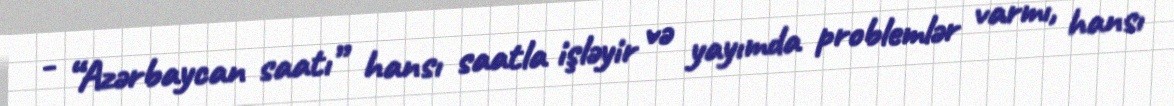
- “Azərbaycan saatı” hansı saatla işləyir və yayımda problemlər varmı, hansı